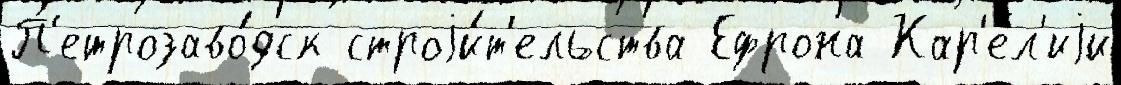
П'етрозаво́дск строjи́т'ельства Ефрона Кар'е́л'иjи